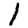
Digit: 1